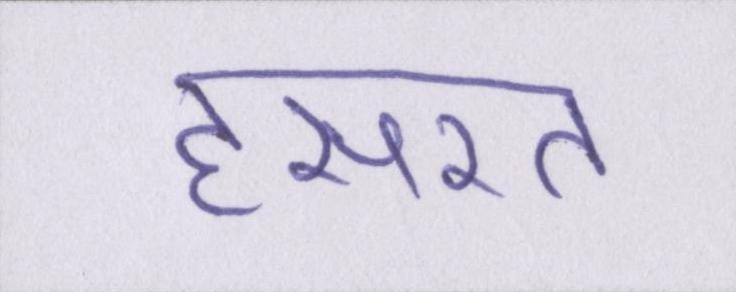
हसरत